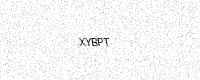
Text: XYBPT